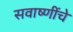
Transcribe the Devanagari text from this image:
सवाष्णींचे